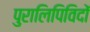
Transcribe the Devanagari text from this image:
पुरालिपिविदों